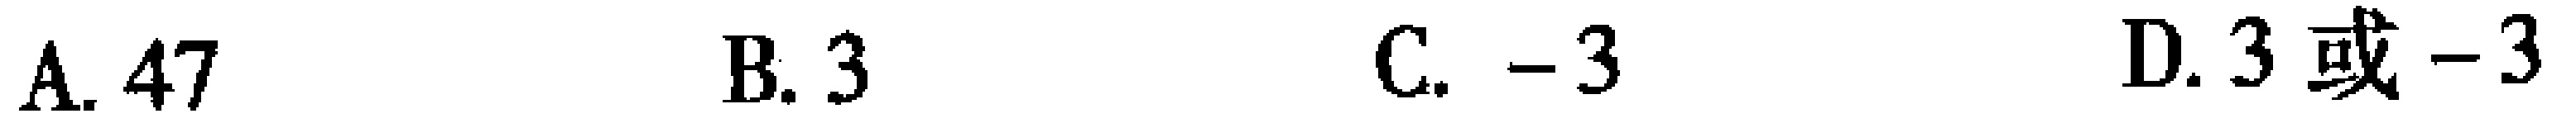
A. \(47\)  B. \(3\)  C. \(-3\)  D. \(3或 - 3\)